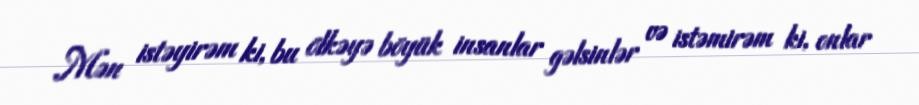
Mən istəyirəm ki, bu ölkəyə böyük insanlar gəlsinlər və istəmirəm ki, onlar